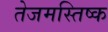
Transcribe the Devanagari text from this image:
तेजमस्तिष्क